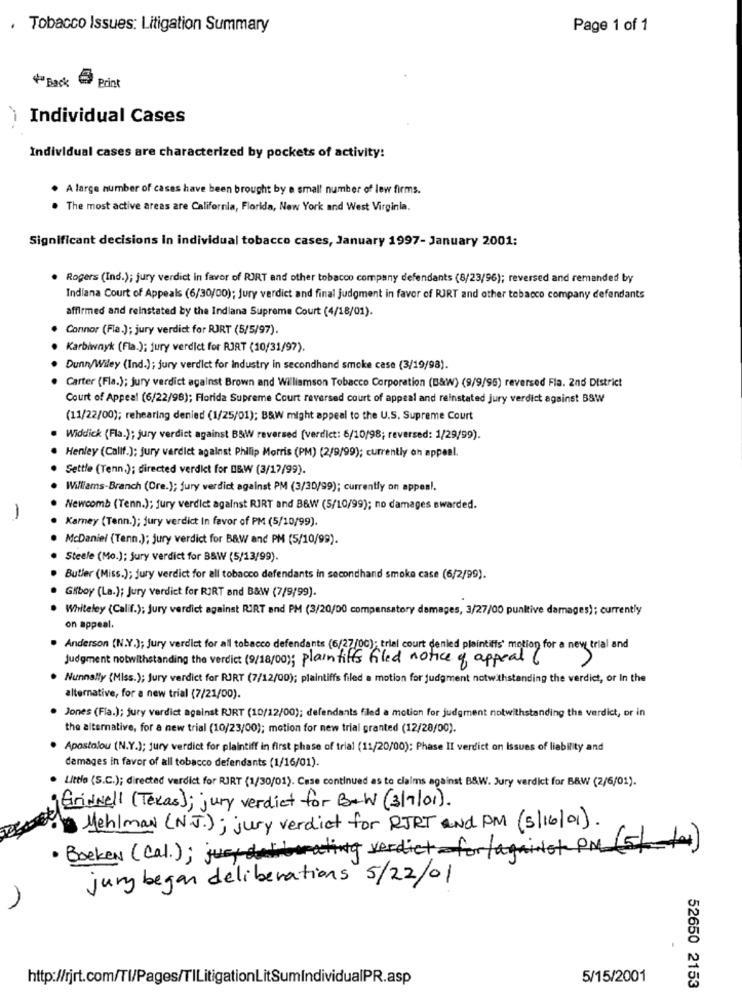
Tobacco Issues: Litigation Summary
Page 1 of 1
Print
** Back
Individual Cases
Individual cases are characterized by pockets of activity:
A large number of cases have been brought by a small number of lew firms.
The most active areas are California, Florida, New York and West Virginia.
Significant decisions In individual tobacco cases, January 1997- January 2001:
Rogers (Ind.); jury verdict in favor of RIRT and other tobacco company defendants (8/23/96); reversed and remanded by
Indiana Court of Appeals (6/30/00); Jury verdict and final judgment in favor of RJRT and other tobacco company defendants
affirmed and reinstated by the Indiana Supreme Court (4/18/01).
Connor (Fla.); jury verdict for PORT (5/5/97).
Karbiwnyk (Fla.); jury verdict for RJRT (10/31/97).
Dunn/Wiley (Ind.); jury verdict for Industry in secondhand smoke case (3/19/98).
Carter (Fla.); jury verdict against Brown and Wiliamson Tobacco Corporation (B&W) (9/9/95) reversed Fla. 2nd District
Court of Appeal (6/22/98); Florida Supreme Court reversed court of appeal and reinstated jury verdict against BSW
(11/22/00); rehearing denied (1/25/01); B&W might appeal to the U.S. Supreme Court
Widdick (Fla.); jury verdict against BBW reversed [verdict: 6/10/98; reversed: 1/29/99).
Henley (Callf.); jury vardiet against Philip Morris (PM) (2/9/99); currently on appeal.
Settle (Tenn.); directed verdict for D&W (3/17/99).
Williams-Branch (Ore.); jury verdict against PM (3/30/99); currently on appen !.
Newcomb (Tenn.); jury verdict against RIRT and B&W (5/10/99); no damages awarded.
-
Kamney (Tenn.); jury verdict In favor of PM (5/10/99).
McDaniel (Tenn.); jury verdict for B&W and PM (5/10/99).
Steele (Mo.); jury verdict for B&W (5/13/99).
Butler (Miss.); Jury verdict for all tobacco defendants in secondhand smoke case (6/2/99).
Gifboy (La.); Jury verdict for RIRT and B&W (7/9/99).
Whiteley (Calif.); Jury verdict against RIRT and PM (3/20/00 compensatory damages, 3/27/00 punitive damages); currently
on appeal.
Anderson (N.Y.); Jury verdict for all tobacco defendants (6/27/00); trial court denied plaintiffs' motion for a new trial and
Judgment notwithstanding the verdict (9/18/00); plaintiffs filed notice of appeal 6
Nunnally {Miss.); Jury verdict for RIRT (7/12/00); plaintiffs filed a motion for judgment notwithstanding the verdict, or In the
alternative, for a new trial (7/21/00).
Jones (Fla.); jury verdict against RJRT (10/12/00); defendants filed a motion for judgment notwithstanding the verdict, or in
the alternative, for a new trial (10/23/00); motion for new trial granted (12/28/00).
Apostolou (N.Y.); jury verdict for plaintiff in first phase of trial (11/20/00); Phase II verdict on Issues of liability and
damages in favor of all tobacco defendants (1/16/01).
Little (S.C.); directed verdict for RIRT (1/30/01). Case continued as to claims against B&W. Jury verdict for B&W (2/6/01).
Grinnell (Texas); jury verdict for B&W (3/7/01).
Mehlman (N.J.); jury verdict for RJRT and PM (5/16/01).
· Boeken (cal.);ju verdict for /against PM (5)
jury began deliberations 5/22/01
http://rjrt.com/Tl/Pages/TlLitigationLitSumIndividualPR.asp
5/15/2001
52650 2153